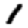
Digit: 1